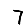
Digit: 7